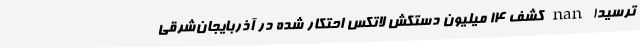
ترسید! nan کشف 14 میلیون دستکش لاتکس احتکار شده در آذربایجان‌شرقی